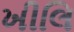
ખીલિ